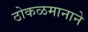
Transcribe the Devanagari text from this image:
ठोकळमानाने